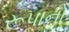
રૂપાનો